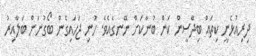
ދިރިއުޅެނީ ކިތައް ބިދޭސީން ކަން ބުނާކަށް ނޭނގެއެވެ. ހުނި ޖަހައިގެން ބޯގުނަން ބަލާއިރު